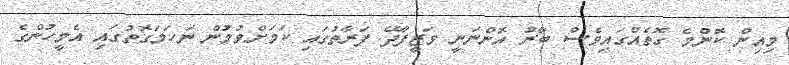
މިއިން ކޮންމެ ގޮތެއްގައިވެސް ބާރު އޮންނަނީ ވަޒީފާދޭ ފަރާތުގައި ކަމަށްވުމުން ނަހަމަގޮތުގައި އެމީހުންގެ